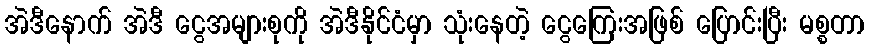
အဲဒီနောက် အဲဒီ ငွေအများစုကို အဲဒီနိုင်ငံမှာ သုံးနေတဲ့ ငွေကြေးအဖြစ် ပြောင်းပြီး မစ္စတာ